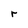
Character: r